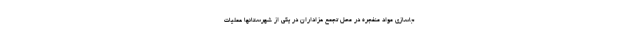
جاسازی مواد منفجره در محل تجمع عزاداران در یکی از شهرستانها عملیات